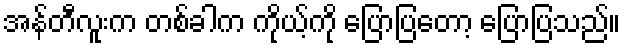
အန်တီလူးက တစ်ခါက ကိုယ့်ကို ပြောပြတော့ ပြောပြသည်။